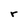
Character: r